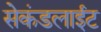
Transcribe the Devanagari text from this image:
सेकंडलाईट